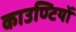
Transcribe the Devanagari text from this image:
काउण्टियों